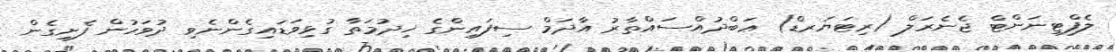
ލެފްޓިނަންޓް ޖެނެރަލް (ރިޓަޔަރޑް) ޢަބްދުއްސައްތާރު އާދަމް ސިފައިންގެ ޚިދުމަތާ ގުޅިވަޑައިގެންނެވި ދުވަހުން ފެށިގެން